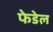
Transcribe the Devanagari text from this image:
फेडेल